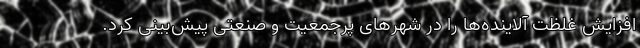
افزایش غلظت آلاینده‌ها را در شهرهای پرجمعیت و صنعتی پیش‌بینی کرد.